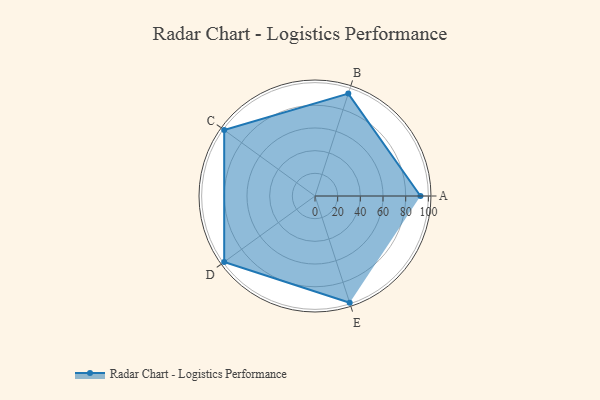
{"axis": {"x": "Skill", "y": "Score"}, "legend": ["Profile"], "data": [{"x": "A", "y": 93.0, "type": "Profile"}, {"x": "B", "y": 95.0, "type": "Profile"}, {"x": "C", "y": 99.0, "type": "Profile"}, {"x": "D", "y": 99, "type": "Profile"}, {"x": "E", "y": 99, "type": "Profile"}]}